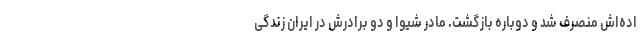
اده‌اش منصرف شد و دوباره بازگشت. مادر شیوا و دو برادرش در ایران زندگی